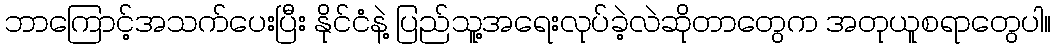
ဘာကြောင့်အသက်ပေးပြီး နိုင်ငံနဲ့ ပြည်သူ့အရေးလုပ်ခဲ့လဲဆိုတာတွေက အတုယူစရာတွေပါ။